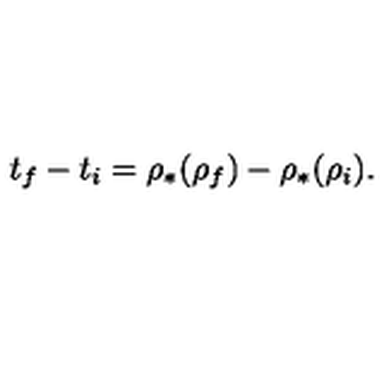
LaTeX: t _ { f } - t _ { i } = \rho _ { * } ( \rho _ { f } ) - \rho _ { * } ( \rho _ { i } ) .